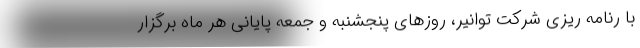
با رنامه ریزی شرکت توانیر، روزهای پنجشنبه و جمعه پایانی هر ماه برگزار